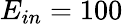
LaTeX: E_{in}=100